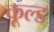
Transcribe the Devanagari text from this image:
कूल्‍ड